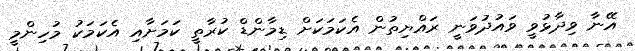
އޭނާ ވިދާޅުވީ ވައުދުވަނީ ރައްޔިތުން އެކަމަކަށް ޑިމާންޑް ކުރާތީ ކަމަށާއި އެކަމަކު މުހިންމީ